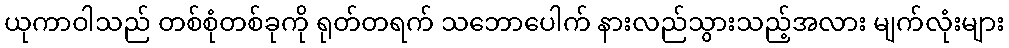
ယုကာဝါသည် တစ်စုံတစ်ခုကို ရုတ်တရက် သဘောပေါက် နားလည်သွားသည့်အလား မျက်လုံးများ